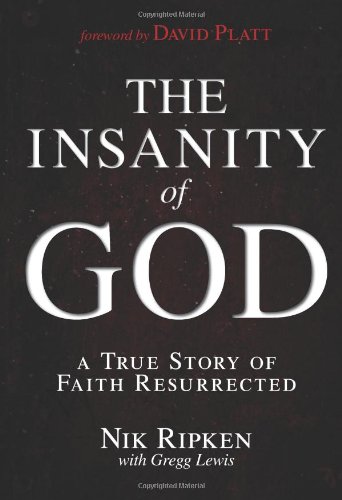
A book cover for The Insanity of God: A True Story of Faith Resurrected; Nik Ripken; Christian Books & Bibles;